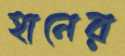
হানের